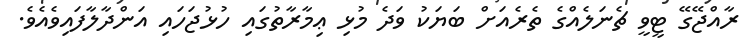
ރާއްޖޭގޭ ޓީވީ ޗެނަލެއްގެ ތެރެއަށް ބަޔަކު ވަދެ މުޅި ޢިމާރާތުގައި ހުޅުޖަހައި އަންދާލާފައިވެއެވެ.